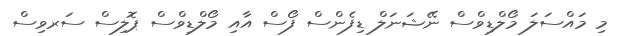
މި މައްސަލަ މޯލްޑިވްސް ނޭޝަނަލް ޑިފެންސް ފޯސް އާއި މޯލްޑިވްސް ޕޮލިސް ސަރވިސް